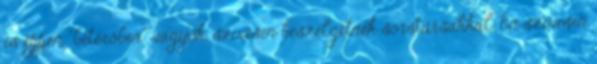
is éppen "betérőben" vagyok, szívesen beszélgetnék sorstársakkal. Én szívesen